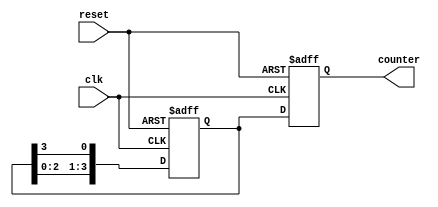
module johnson_counter(
    input wire clk,
    input wire reset,
    output reg [3:0] counter
);

reg [3:0] temp_counter;

always @(posedge clk or posedge reset) begin
    if (reset) begin
        counter <= 4'b1000;
        temp_counter <= 4'b1000;
    end else begin
        temp_counter <= {temp_counter[2:0], temp_counter[3]};
        counter <= temp_counter;
    end
end

endmodule